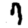
Digit: 7